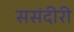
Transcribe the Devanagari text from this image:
ससंदीरी